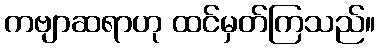
ကဗျာဆရာဟု ထင်မှတ်ကြသည်။